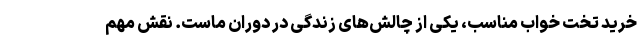
خرید تخت خواب مناسب، یکی از چالش‌های زندگی در دوران ماست. نقش مهم